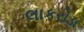
લાકરોડા